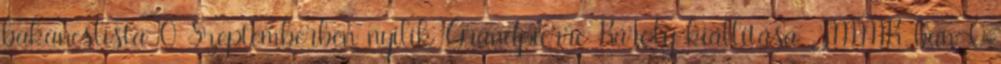
bakancslista 0 Szeptemberben nyílik Grandpierre Károly kiállítása JMMK-ban 0